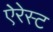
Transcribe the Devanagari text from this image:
ऐरेस्ट